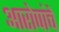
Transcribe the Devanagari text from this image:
आरोपांचे